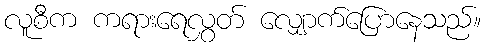
လူစီက ကရားရေလွှတ် လျှောက်ပြောနေသည်။